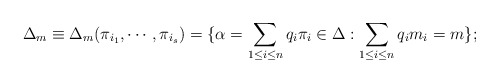
\begin{align*}\Delta_m\equiv \Delta_m(\pi_{i_1},\cdots ,\pi_{i_s})=\{\alpha =\sum _{1\leq i\leq n}q_i\pi _i \in \Delta :\sum _{1\leq i\leq n}q_i m_i =m\};\end{align*}